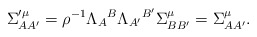
\begin{align*}\Sigma _{AA^{\prime }}^{\prime \mu }=\rho ^{-1}\Lambda _{A}{}^{B}\Lambda_{A^{\prime }}{}^{B^{\prime }}\Sigma _{BB^{\prime }}^{\mu }=\Sigma_{AA^{\prime }}^{\mu }. \end{align*}